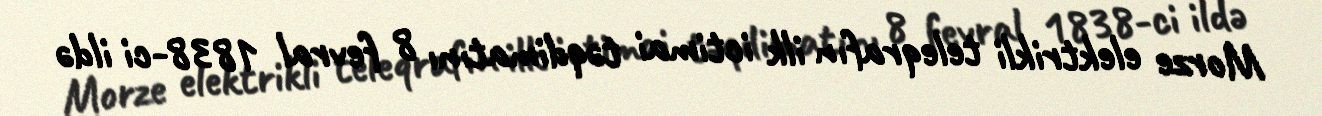
Morze elektrikli teleqrafın ilk ictimai təqdimatını 8 fevral 1838-ci ildə